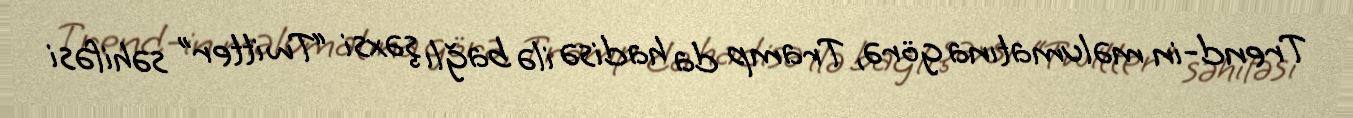
Trend-in məlumatına görə, Tramp da hadisə ilə bağlı şəxsi “Twitter” səhifəsi